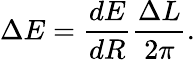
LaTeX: \Delta E=\frac{dE}{dR}\frac{\Delta L}{2\pi}.